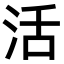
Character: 活